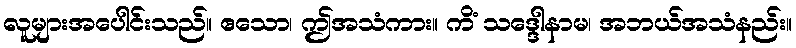
လူများအပေါင်းသည်။ ဧသော၊ ဤအသံကား။ ကိံ သဒ္ဒေါနာမ၊ အဘယ်အသံနည်း။